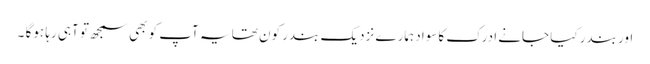
اور بندر کیا جانے ادرک کاسواد ہمارے نزدیک بندر کون تھا یہ آپ کو بھی سمجھ تو آہی رہا ہوگا ۔